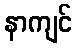
နာကျင်